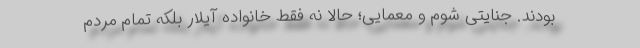
بودند. جنایتی شوم و معمایی؛ حالا نه فقط خانواده آیلار بلکه تمام مردم